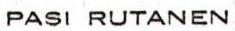
PASI RUTANEN